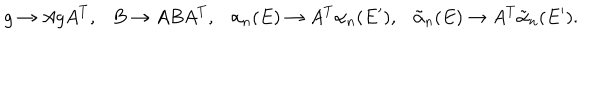
g \to A g A ^ { T } , \ \ \ B \to A B A ^ { T } , \ \ \ \alpha _ { n } ( E ) \to A ^ { T } \alpha _ { n } ( E ^ { \prime } ) , \ \ \ \tilde { \alpha } _ { n } ( E ) \to A ^ { T } \tilde { \alpha } _ { n } ( E ^ { \prime } ) .